Subject: cs
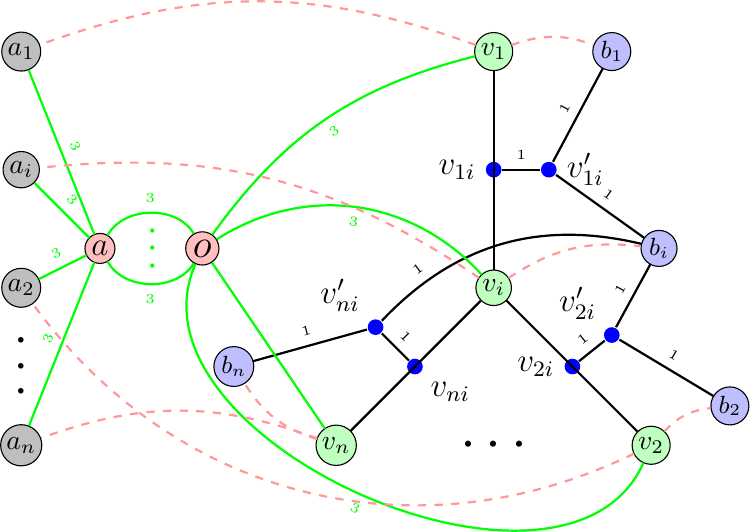
LaTeX code:
			\begin{tikzpicture}[shorten >=0.2pt]
				\usetikzlibrary{calc}

				\tikzstyle{vertex}=[circle,draw=black,fill=black!25,minimum size=10pt,inner sep=1pt, outer sep=0pt]
				\tikzstyle{vertex2}=[circle,draw=black,fill=blue!25,minimum size=10pt,inner sep=1pt, outer sep=0pt]
				\tikzstyle{vertex3}=[circle,draw=black,fill=green!25,minimum size=10pt,inner sep=1pt, outer sep=0pt]
				\tikzstyle{vertex4}=[circle,draw=black,fill=red!25,minimum size=10pt,inner sep=1pt, outer sep=0pt]

				\tikzstyle{destination}=[circle,draw=black,fill=yellow!25,minimum size=10pt,inner sep=0pt, outer sep=0pt]
				\tikzstyle{edge}=[thick,black,--,]

				\begin{scope}[shift={(-1,0)}]

					\node[vertex3] (v_{1}) at (0,0) {$v_i$};
					\node[vertex3] (v_{2}) at (0,3) {$v_1$};
					\node[vertex3] (v_{3}) at (2,-2) {$v_2$};
					\node[vertex3] (v_{n}) at (-2,-2) {$v_n$};

					\node[vertex2] (u_{1}) at (2.1,0.5) {\small$b_i$};
					\node[vertex2] (u_{2}) at (1.5,3) {\small$b_1$};
					\node[vertex2] (u_{3}) at (3,-1.5) {\small$b_2$};
					\node[vertex2] (u_{n}) at (-3.3,-1) {\small$b_n$};

					\node[circle,color=blue, inner sep=2pt,fill,label=below right:\large$v_{ni}$] (dni) at ($(v_{1})!0.5!(v_{n})$) {};

					\node[circle,color=blue, inner sep=2pt,fill,label= above left:\large$v'_{ni}$] (d-in) at ($(dni)+(-0.5,0.5)$) {};

					\path(v_{n}) edge[thick, black] node[midway,sloped,above] {} (v_{1});

					\path(u_{n}) edge[thick, black, ] node[midway,sloped,above] {\tiny$1$} (d-in);

					\path(u_{1}) edge[thick, black, bend right=30] node[pos=0.8,sloped,above] {\tiny$1$} (d-in);

					\path(dni) edge[thick, black] node[midway,sloped,above] {\tiny$1$} (d-in);

					\node[circle,color=blue, inner sep=2pt,fill,label= left:\large$v_{1i}$] (d2i) at ($(v_{1})!0.5!(v_{2})$) {};

					\node[circle,color=blue, inner sep=2pt,fill,label= right :\large$v'_{1i}$] (d-i2) at ($(d2i)+(0.7,0)$) {};

					\path(u_{2}) edge[thick, black, ] node[midway,sloped,above] {\tiny$1$} (d-i2);

					\path(v_{1}) edge[thick, black] node[midway,sloped,above] {} (v_{2});

					\path(u_{1}) edge[thick, black,] node[midway,sloped,above] {\tiny$1$} (d-i2);

					\path(d2i) edge[thick, black] node[midway,sloped,above] {\tiny$1$} (d-i2);

					\node[circle,color=blue, inner sep=2pt,fill,label=   left:\large$v_{2i}$] (d3i) at ($(v_{1})!0.5!(v_{3})$) {};

					\node[circle,color=blue, inner sep=2pt,fill,label= above   left:\large$v'_{2i}$] (d-i3) at ($(d3i)+(0.5,0.4)$) {};

					\path(v_{1}) edge[thick, black] node[midway,sloped,below] {} (v_{3});

					\path(u_{3}) edge[thick, black, ] node[midway,sloped,above] {\tiny$1$} (d-i3);

					\path(u_{1}) edge[thick, black, ] node[midway,sloped,above] {\tiny$1$} (d-i3);

					\path(d3i) edge[thick, black, ] node[midway,sloped,above] {\tiny$1$} (d-i3);

					\node at (0,-2) {\huge$\mathbf{\cdots}$};

				\end{scope}

				\begin{scope}[xshift=-11cm]
					\node[vertex] (a1) at (4,1.5) {$a_i$};
					\node[vertex] (a2) at (4,3) {$a_1$};
					\node[vertex] (a3) at (4,0) {$a_2$};
					\node[vertex] (an) at (4,-2) {$a_n$};
					\path (a3) -- (an) node [black, very thick, font=\Large, midway, sloped] {\huge$\mathbf{\ldots}$};

					\node[vertex4] (b) at (6.3,0.5) {\Large$o$};

					\node[vertex4] (t) at (5,0.5) {\large$a$};

					\path(t) edge[thick, green, bend left =60] node[midway,sloped,above] {\tiny$3$} (b);

					\path(t) edge[thick, green, bend right =60] node[midway,sloped,below] {\tiny$3$} (b);

					\path (5.65,1) -- (5.65,0) node [green, very thick, font=\Large, midway, sloped, ] {$\mathbf{\cdots}$};

					\path(v_{1}) edge[thick, green,bend right=40] node[midway,sloped,below] {\tiny$3$}    (b);

					\path(v_{2}) edge[thick, green,bend right=20]  node[midway,sloped,below] {\tiny$3$}  (b);

					\path(v_{n}) edge[thick, green]    (b);
					\path(v_{3}) edge[thick, green, bend left=90]  node[midway,sloped,below] {\tiny$3$}  (b);

					\foreach \i in {1,...,3,n}
					{%\draw[black, very thick]  (a\i)--(t1)    node[midway,sloped,above]{$1$};

						\path(t) edge[thick, green, ] node[midway,sloped,above] {\tiny$3$}   (a\i);

						\path(v_{\i}) edge[thick, red!40, dashed, bend left=20]    (u_{\i});

					}

					\path(v_{1}) edge[thick, red!40, dashed, bend right=20]    (a1);
					\path(v_{2}) edge[thick, red!40, dashed, bend right=20]    (a2);
					\path(v_{3}) edge[thick, red!40, dashed, bend left=40]    (a3);
					\path(v_{n}) edge[thick, red!40, dashed, bend right=20]    (an);

				\end{scope}

			\end{tikzpicture}